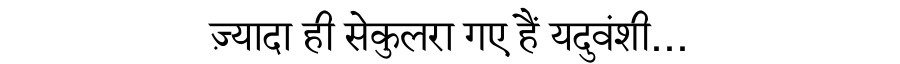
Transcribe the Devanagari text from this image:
ज़्यादा ही सेकुलरा गए हैं यदुवंशी...